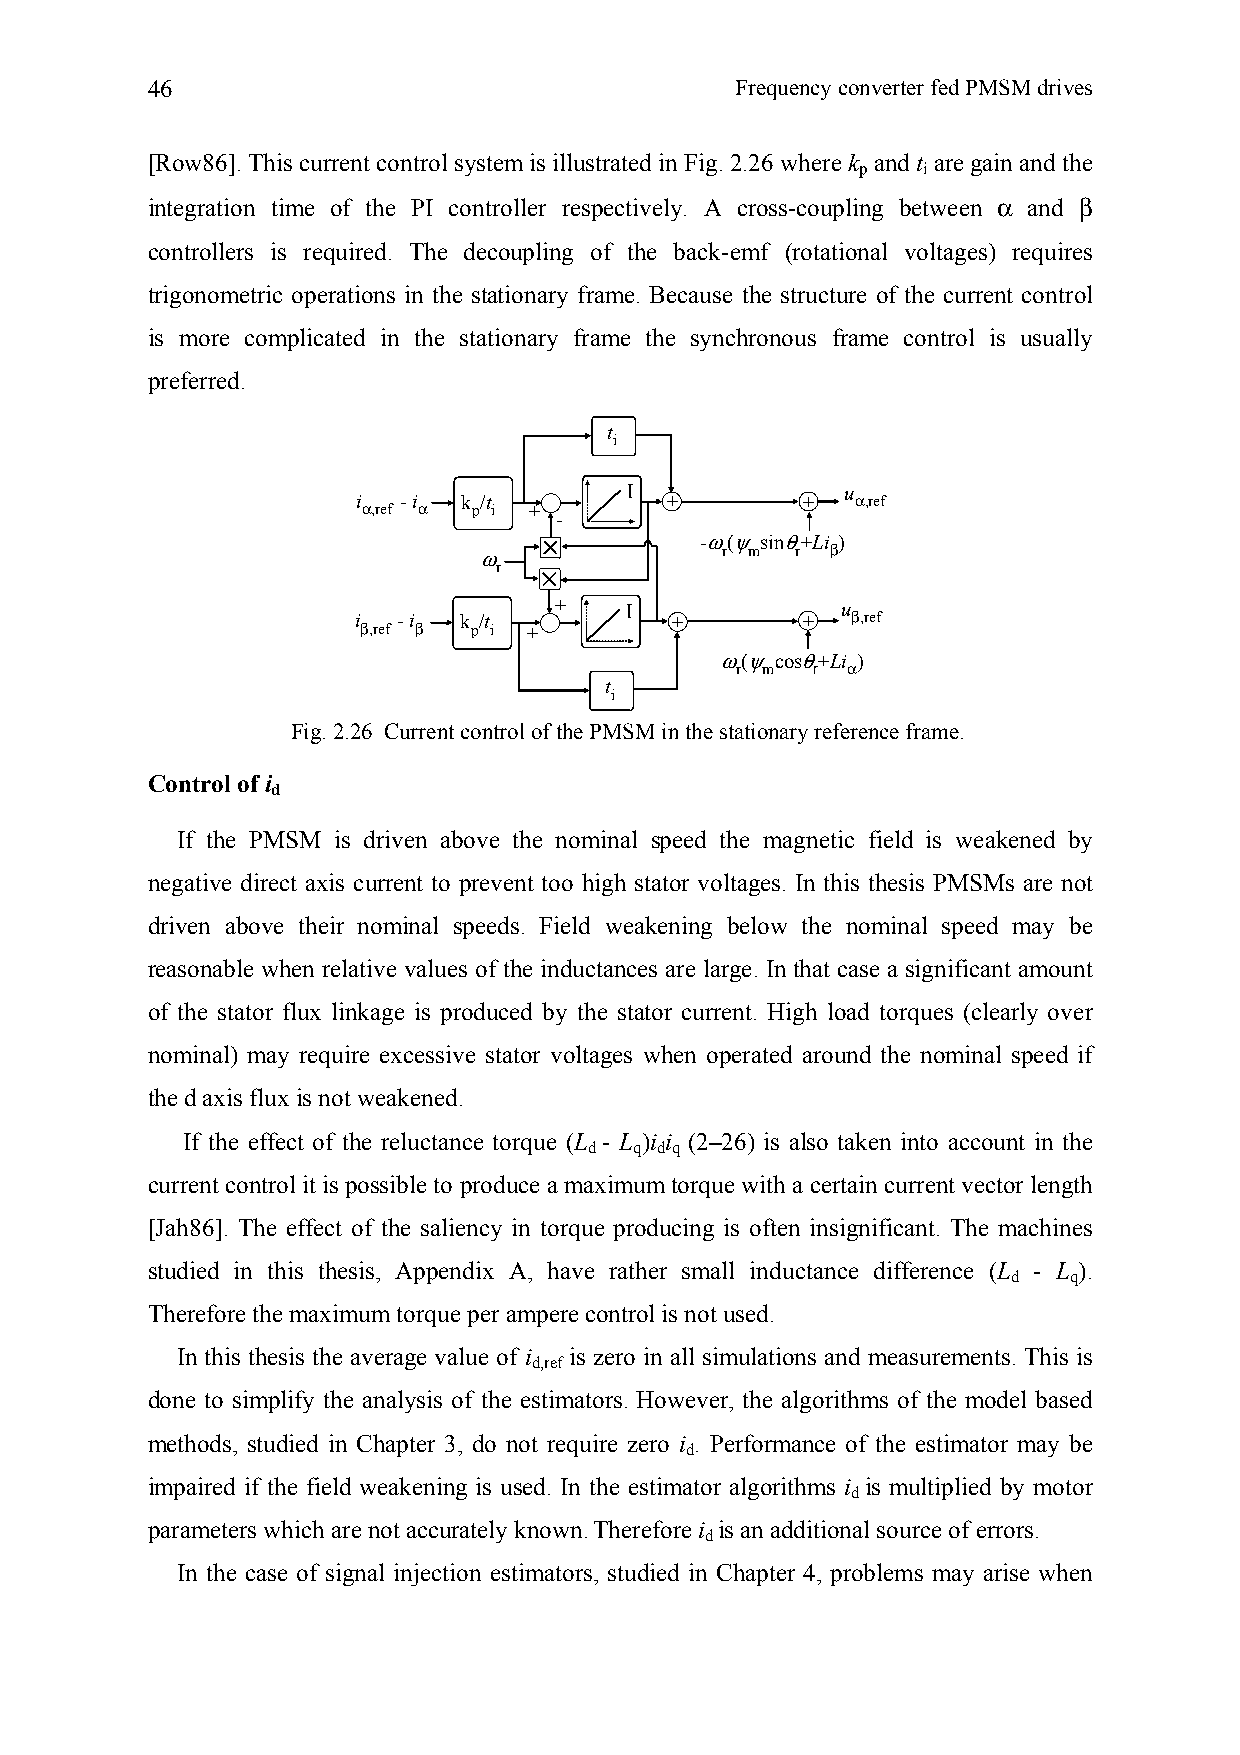
46                                     Frequency converter fed PMSM drives
 [Row86]. This current control system is illustrated in Fig. 2.26 where k and t are gain and the
 p   i
 integration time of the PI controller respectively. A cross-coupling between α and β
 controllers is required. The decoupling of the back-emf (rotational voltages) requires
 trigonometric operations in the stationary frame. Because the structure of the current control
 is more complicated in the stationary frame the synchronous frame control is usually
 preferred.
 t
 i
 I             u
 i α,ref - i α k p/t i + +    +   α,ref
 -
 -ω(ψsinθ+Li )
 ω               r m  r β
 r
 i β,ref - i β k p/t i + + I + +  u β,ref
 ω(ψcosθ+Li )
 r m  r α
 t
 i
 Fig. 2.26 Current control of the PMSM in the stationary reference frame.
 Control of i
 d
 If the PMSM is driven above the nominal speed the magnetic field is weakened by
 negative direct axis current to prevent too high stator voltages. In this thesis PMSMs are not
 driven above their nominal speeds. Field weakening below the nominal speed may be
 reasonable when relative values of the inductances are large. In that case a significant amount
 of the stator flux linkage is produced by the stator current. High load torques (clearly over
 nominal) may require excessive stator voltages when operated around the nominal speed if
 the d axis flux is not weakened.
 If the effect of the reluctance torque (L - L )i i (2–26) is also taken into account in the
 d  q d q
 current control it is possible to produce a maximum torque with a certain current vector length
 [Jah86]. The effect of the saliency in torque producing is often insignificant. The machines
 studied in this thesis, Appendix A, have rather small inductance difference (L - L ).
 d   q
 Therefore the maximum torque per ampere control is not used.
 In this thesis the average value of i is zero in all simulations and measurements. This is
 d,ref
 done to simplify the analysis of the estimators. However, the algorithms of the model based
 methods, studied in Chapter 3, do not require zero i . Performance of the estimator may be
 d
 impaired if the field weakening is used. In the estimator algorithms i is multiplied by motor
 d
 parameters which are not accurately known.Therefore i is an additional source of errors.
 d
 In the case of signal injection estimators, studied in Chapter 4, problems may arise when